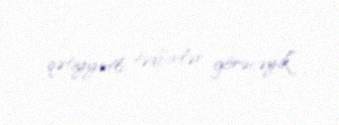
qətiyyətli tədbirlər görəcəyik”.